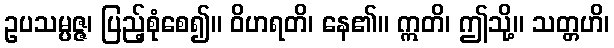
ဥပသမ္ပဇ္ဇ၊ ပြည့်စုံစေ၍။ ဝိဟရတိ၊ နေ၏။ ဣတိ၊ ဤသို့။ သတ္တဟိ၊